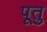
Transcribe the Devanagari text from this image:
पूतु